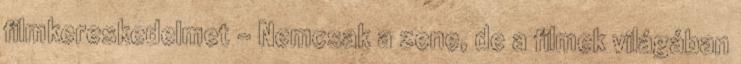
filmkereskedelmet – Nemcsak a zene, de a filmek világában